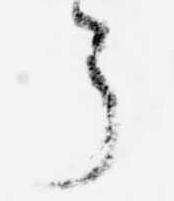
了